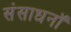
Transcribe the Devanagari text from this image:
संसाधनॉ